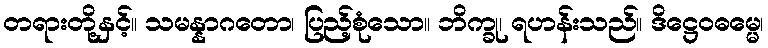
တရားတို့နှင့်။ သမန္နာဂတော၊ ပြည့်စုံသော။ ဘိက္ခု၊ ရဟန်းသည်။ ဒိဋ္ဌေဝဓမ္မေ၊